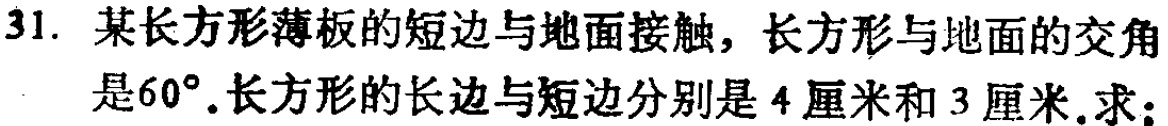
31. 某长方形薄板的短边与地面接触，长方形与地面的交角是\(60^{\circ}\).长方形的长边与短边分别是\(4\)厘米和\(3\)厘米.求：